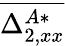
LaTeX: \overline{{\Delta_{2,xx}^{A*}}}